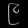
Digit: ၉